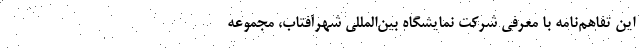
این تفاهم‌نامه با معرفی شرکت نمایشگاه بین‌المللی شهرآفتاب، مجموعه